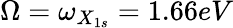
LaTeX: \Omega=\omega_{X_{1s}}=1.66eV